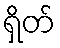
ရှိတ်